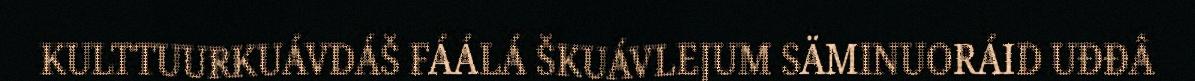
KULTTUURKUÁVDÁŠ FÁÁLÁ ŠKUÁVLEJUM SÄMINUORÁID UĐĐÂ